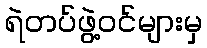
ရဲတပ်ဖွဲ့ဝင်များမှ